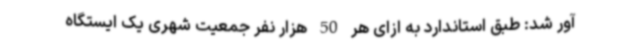
آور شد: طبق استاندارد به ازای هر 50 هزار نفر جمعیت شهری یک ایستگاه